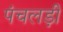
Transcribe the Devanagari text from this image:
पंचलड़ी